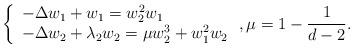
LaTeX: \begin{align*}\left\{\begin{array}{l}-\Delta w_1 + w_1 = w_2^2w_1\\-\Delta w_2 + \lambda_2 w_2= \mu w_2^3 + w_1^2w_2\end{array}\right., \mu=1-\frac{1}{d-2}.\end{align*}